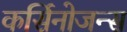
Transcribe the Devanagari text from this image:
कर्सिनोजन्स